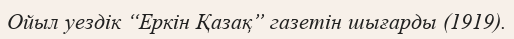
Ойыл уездік “Еркін Қазақ” газетін шығарды (1919).